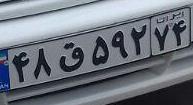
۴۸ق۵۹۲۷۴